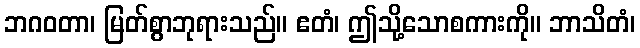
ဘဂဝတာ၊ မြတ်စွာဘုရားသည်။ ဧတံ၊ ဤသို့သောစကားကို။ ဘာသိတံ၊